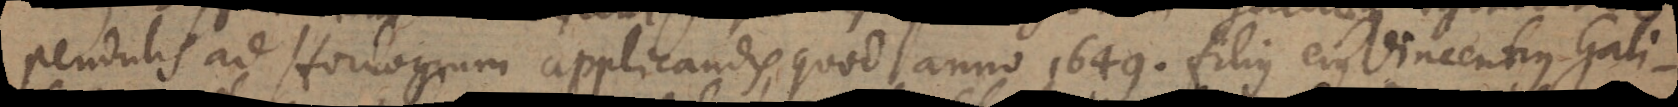
pendulis ad Horologium applicandis, quod anno 1649. filius ejus Vincentius Gali-